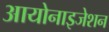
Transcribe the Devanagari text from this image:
आयोनाइजेशन